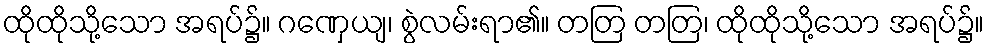
ထိုထိုသို့သော အရပ်၌။ ဂဏှေယျ၊ စွဲလမ်းရာ၏။ တတြ တတြ၊ ထိုထိုသို့သော အရပ်၌။